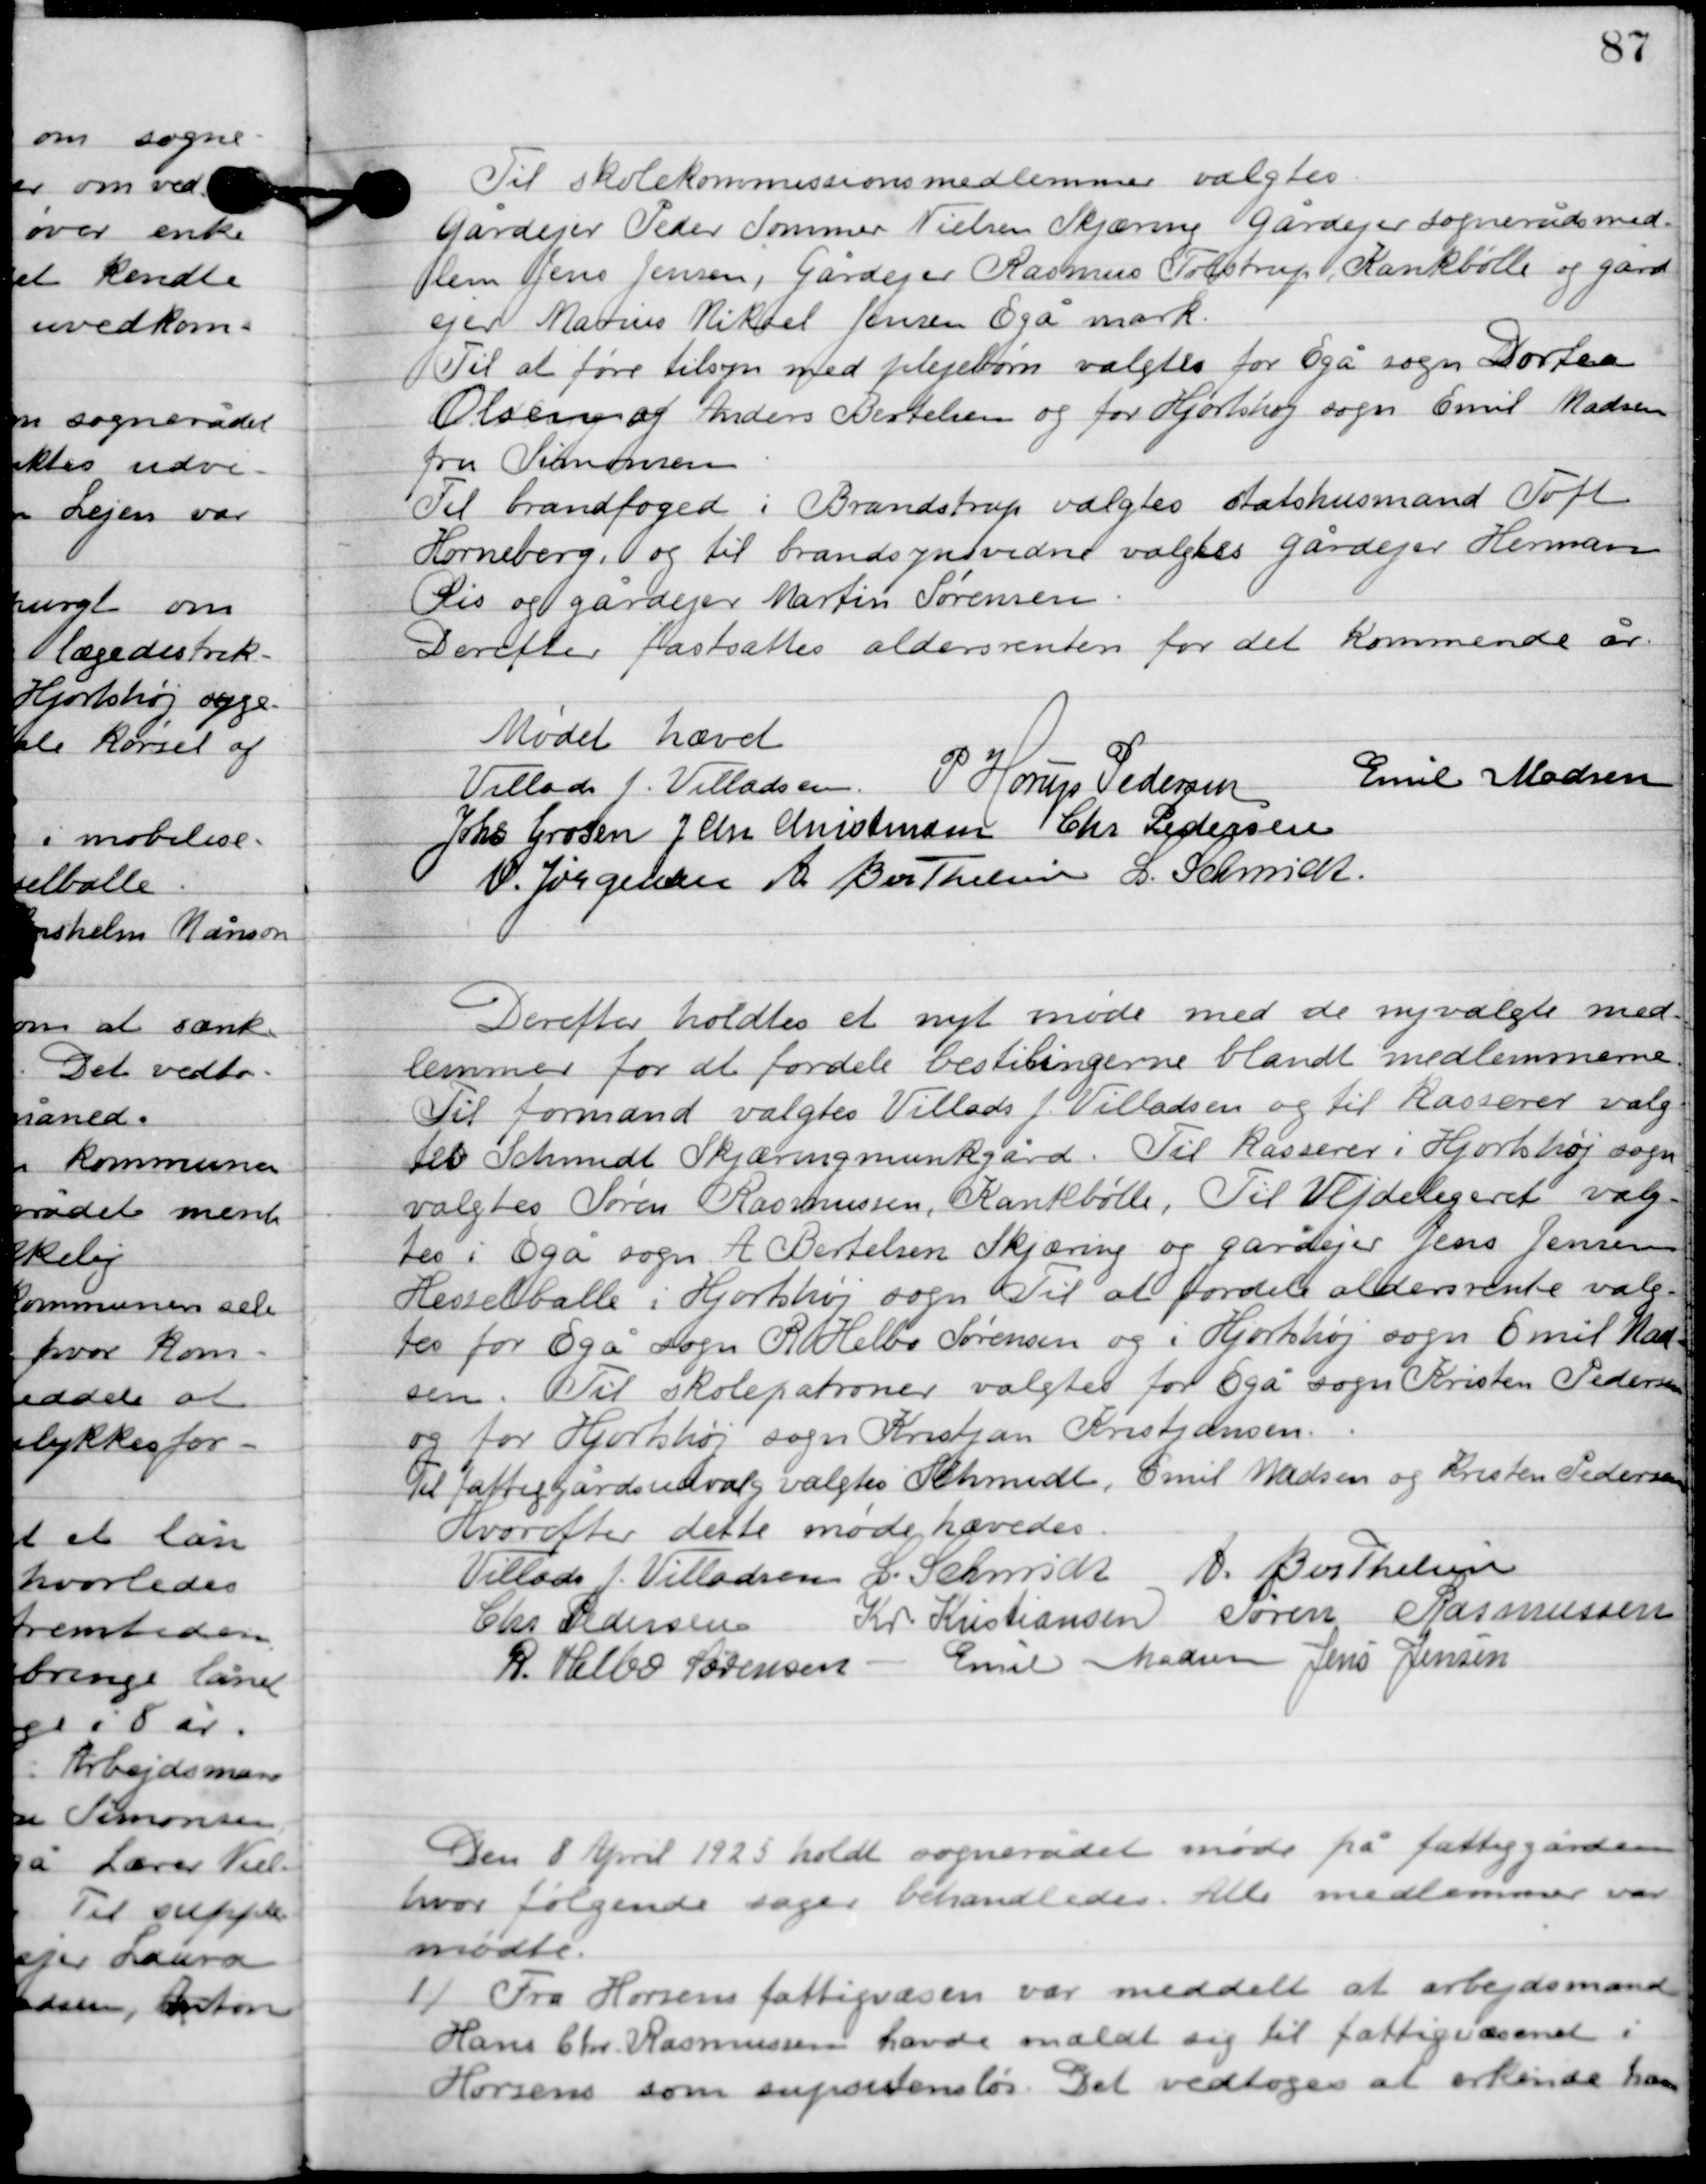
Transskription:
Til skolekommissionsmedlemmer valgtes
Gårdejer Peder sommer Nielsen Skjæring gårdejer sognerådsmed-
lem Jens Jensen, gårdejer Rasmus Tolstrup, Hesselballe og gård-
ejer Marius Mikel Jensen Egå mark.
Til at føre tilsyn med plejebørn valgtes for Egå sogn Dortea
Olsens og Anders Bertelsen og for Hjortshøj sogn Emil Madsen
fru Simonsen.
Til brandfoged i Brandstrup valgtes statshusmand Toft
Horneberg, og til brandsynsvidne valgtes gårdejer Herman
Lis og gårdejer Marten Sørensen.
Derefter fastsattes aldersrenten for det kommende år.

Mødet hævet

Villads J. Villadsen
P. Horup Pedersen
Emil Madsen
Johs. Grosen
J. Chr. Christensen
Chr. Pedersen
N. Jørgensen
A. Berthelsen
l. Schmidt

Derefter holdtes et nyt møde med de nyvalgte med-
lemmer for at fordele bestillingerne blandt medlemmerne.
Til formand valgtes Villads J. Villadsen og til kasserer valg-
tes Schmidt Skjæringmunkgård. Til kasserer i Hjortshøj sogn
valgtes Søren Rasmussen Krankbølle. Til Vejdelingsret valg-
tes i Egå sogn A. Bertelsen Skjæring og gårdejer Jens Jensen
 Hesselballe i Hjortshøj sogn. Til at fordele aldersrente valg-
tes for Egå sogn R. Helbo Sørensen og i Hjortshøj sogn Emil Mad-
sen. Til skolepatoner valgtes for Egå sogn Kristen Pedersen
og for Hjortshøj sogn Kristjan Kristjansen.
Til fattiggårdsudvalg valgtes Schmidt, Emil Madsen og Kiristen Pedersen.

Hvorefter dette møde hævedes.

Villads J. Villadsen
l. Schmidt
A. Berthelsen
Chr. Pedersen
Kr. Kristiansen
Søren Rasmussen
R. Helbo Sørensen
Emil Madsen
Jens Jensen

D. 8. April 1925 holdt sognerådet møde på fattiggården,
hvor følgende sager behandledes. Alle medlemmer var
mødte.

1

Fra Horsens fattigvæsen var meddelt at arbejdsmand
Hans Chr. Rasmussen havde mældt sig til fattigvæsen i
Horsens som subsistensløs. Det vedtoges at erkende ham